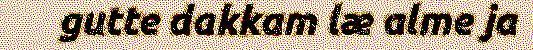
gutte dakkam læ alme ja